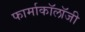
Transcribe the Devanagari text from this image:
फार्माकॉलॉजी